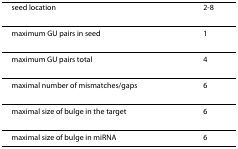
| seed location | 2-8 |
 | --- | --- |
 | maximum GU pairs in seed | 1 |
 | maximum GU pairs total | 4 |
 | maximal number of mismatches/gaps | 6 |
 | maximal size of bulge in the target | 6 |
 | maximal size of bulge in miRNA | 6 |